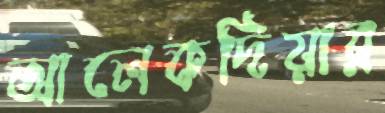
আলেকদিয়ার